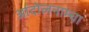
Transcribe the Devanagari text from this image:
आंदोलनाम्चा